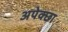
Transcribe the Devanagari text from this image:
अपेक्छा